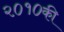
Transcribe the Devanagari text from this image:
२०१०की